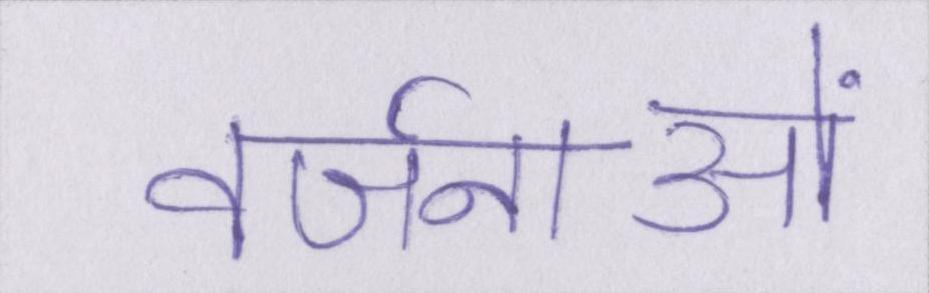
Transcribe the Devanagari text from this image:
वर्जनाओं